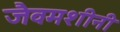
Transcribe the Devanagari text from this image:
जैवमशीनी